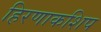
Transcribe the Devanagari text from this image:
हिरणाकशिप